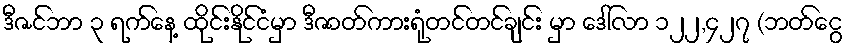
ဒီဇင်ဘာ ၃ ရက်နေ့ ထိုင်းနိုင်ငံမှာ ဒီဇာတ်ကားရုံတင်တင်ချင်း မှာ ဒေါ်လာ ၁၂၂,၄၂၇ (ဘတ်ငွေ